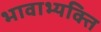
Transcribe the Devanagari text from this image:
भावाभ्यक्ति